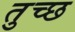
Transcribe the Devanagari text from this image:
तुच्‍छ